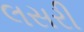
લસરી